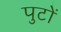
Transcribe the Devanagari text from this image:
पुटों